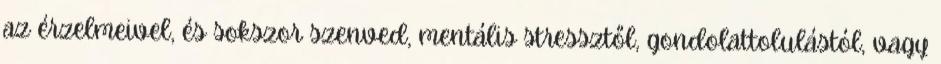
az érzelmeivel, és sokszor szenved, mentális stressztől, gondolattolulástól, vagy